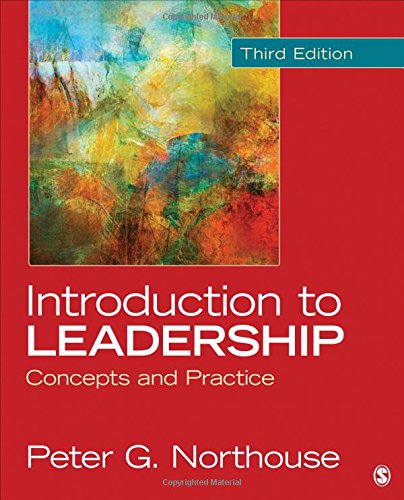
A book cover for Introduction to Leadership: Concepts and Practice; Peter G. Northouse; Business & Money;